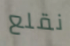
نقلع